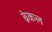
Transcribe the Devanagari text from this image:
ब्रेकल